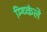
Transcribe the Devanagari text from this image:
म्च्किंले